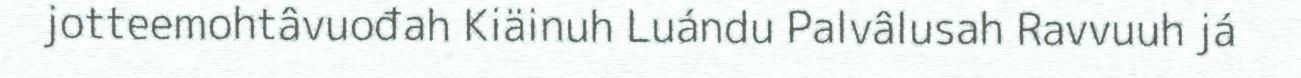
jotteemohtâvuođah Kiäinuh Luándu Palvâlusah Ravvuuh já